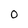
Character: 0